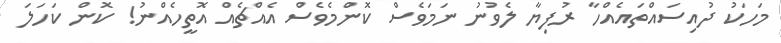
މަހަކު ދުއިސައްތައެއްހާ ރުފިޔާ ލެވުނު ނަމަވެސް ކޮންމެވެސް އެއްޗެއް އޮތީހެއްނު! ކޮން ކަހަލަ